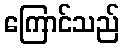
ကြောင်သည်